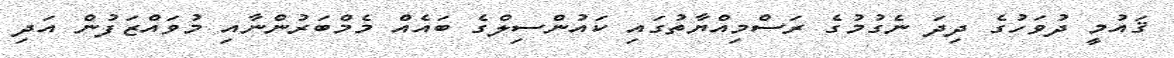
ޤައުމީ ދުވަހުގެ ދިދަ ނެގުމުގެ ރަސްމިއްޔާތުގައި ކައުންސިލްގެ ބައެއް މެމްބަރުންނާއި މުވައްޒަފުން އަދި